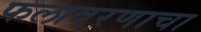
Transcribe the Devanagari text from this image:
फलावरणाचा